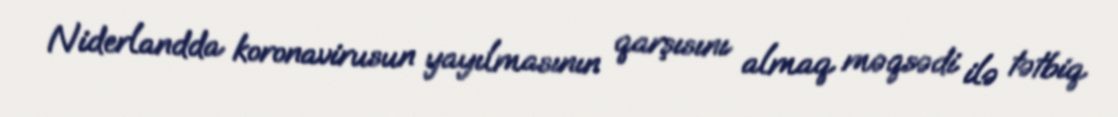
Niderlandda koronavirusun yayılmasının qarşısını almaq məqsədi ilə tətbiq